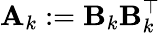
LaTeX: \mathbf{A}_{k}:=\mathbf{B}_{k}\mathbf{B}_{k}^{\top}